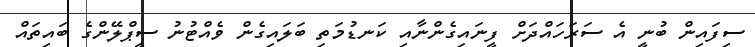
ސިފައިން ބުނީ އެ ސަރަހައްދަށް ފީނައިގެންނާއި ކަނޑުމަތި ބަލައިގެން ވެއްޓުނު ސީޕްލޭންގެ ބައިތައް